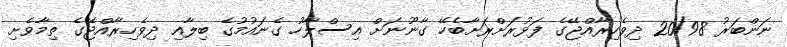
ނަންބަރު 20/98 ދިވެހިރާއްޖޭގެ ފަޅުރަށްރަށާބެހޭ ގާނޫނަށް އިސްލާހު ގެނައުމުގެ ބިލާއި ދިވެހިރާއްޖޭގެ ތިމާވެށި